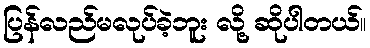
ပြန်လည်မလုပ်ခဲ့ဘူး လို့ ဆိုပါတယ်။